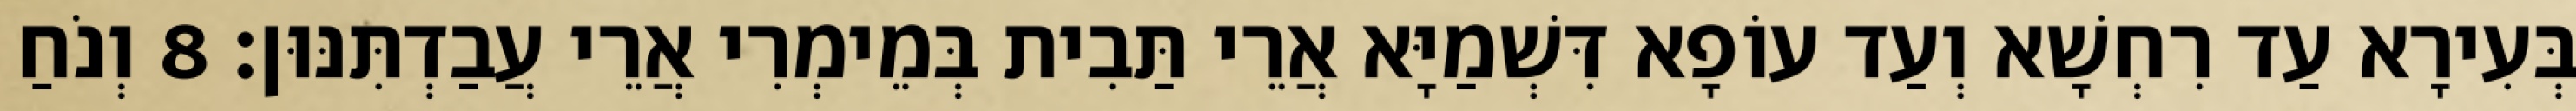
בְּעִירָא עַד רִחְשָׁא וְעַד עוֹפָא דִּשְׁמַיָּא אֲרֵי תַּבִית בְּמֵימְרִי אֲרֵי עֲבַדְתִּנּוּן׃ 8 וְנֹחַ